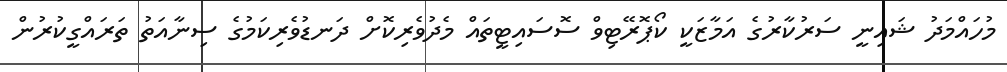
މުހައްމަދު ޝައިނީ ސަރުކާރުގެ އަމާޒަކީ ކޯޕޮރޭޓިވް ސޮސައިޓީތައް މެދުވެރިކޮށް ދަނޑުވެރިކަމުގެ ސިނާއަތު ތަރައްގީކުރުން